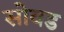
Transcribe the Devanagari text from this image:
सोवड